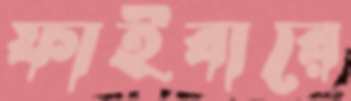
ফাইবারে